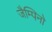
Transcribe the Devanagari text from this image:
जैम्पिनो